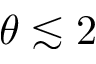
\theta \lesssim 2